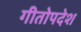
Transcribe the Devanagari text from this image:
गीतोपदेश